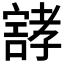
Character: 𰍝